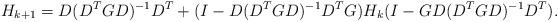
LaTeX: \begin{align*}H_{k+1} = D(D^TGD)^{-1}D^T + (I - D(D^TGD)^{-1}D^TG)H_k(I - GD(D^TGD)^{-1}D^T).\end{align*}